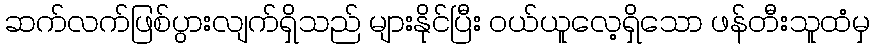
ဆက်လက်ဖြစ်ပွားလျက်ရှိသည် များနိုင်ပြီး ဝယ်ယူလေ့ရှိသော ဖန်တီးသူထံမှ